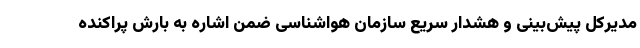
مدیرکل پیش‌بینی و هشدار سریع سازمان هواشناسی ضمن اشاره به بارش پراکنده